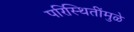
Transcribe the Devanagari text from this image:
परिस्थितींमुळे